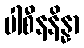
ပါစီနနိန္နာ